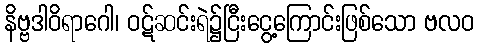
နိဗ္ဗဒါဝိရာဂေါ၊ ဝဋ်ဆင်းရဲ၌ငြီးငွေ့ကြောင်းဖြစ်သော ဗလဝ